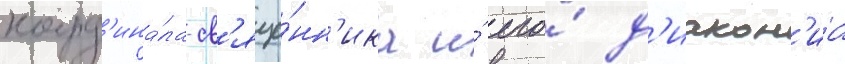
кард'ина́ла-св'яще́нн'ика и́ его́ д'иакон'иа